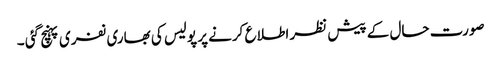
صورت حال کے پیش نظر اطلا ع کرنے پر پولیس کی بھاری نفری پہنچ گئی ۔